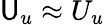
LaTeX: \mathsf{U}_{u}\approx U_{u}